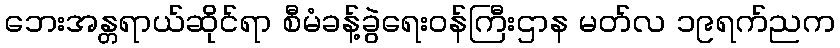
ဘေးအန္တရာယ်ဆိုင်ရာ စီမံခန့်ခွဲရေးဝန်ကြီးဌာန မတ်လ ၁၉ရက်ညက